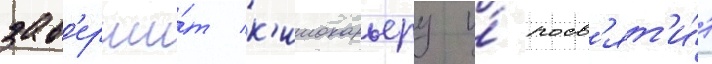
зав'ерши́т к'инокарьеру и́ посв'ят'и́т